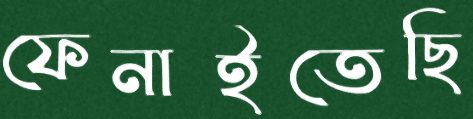
ফেনাইতেছি